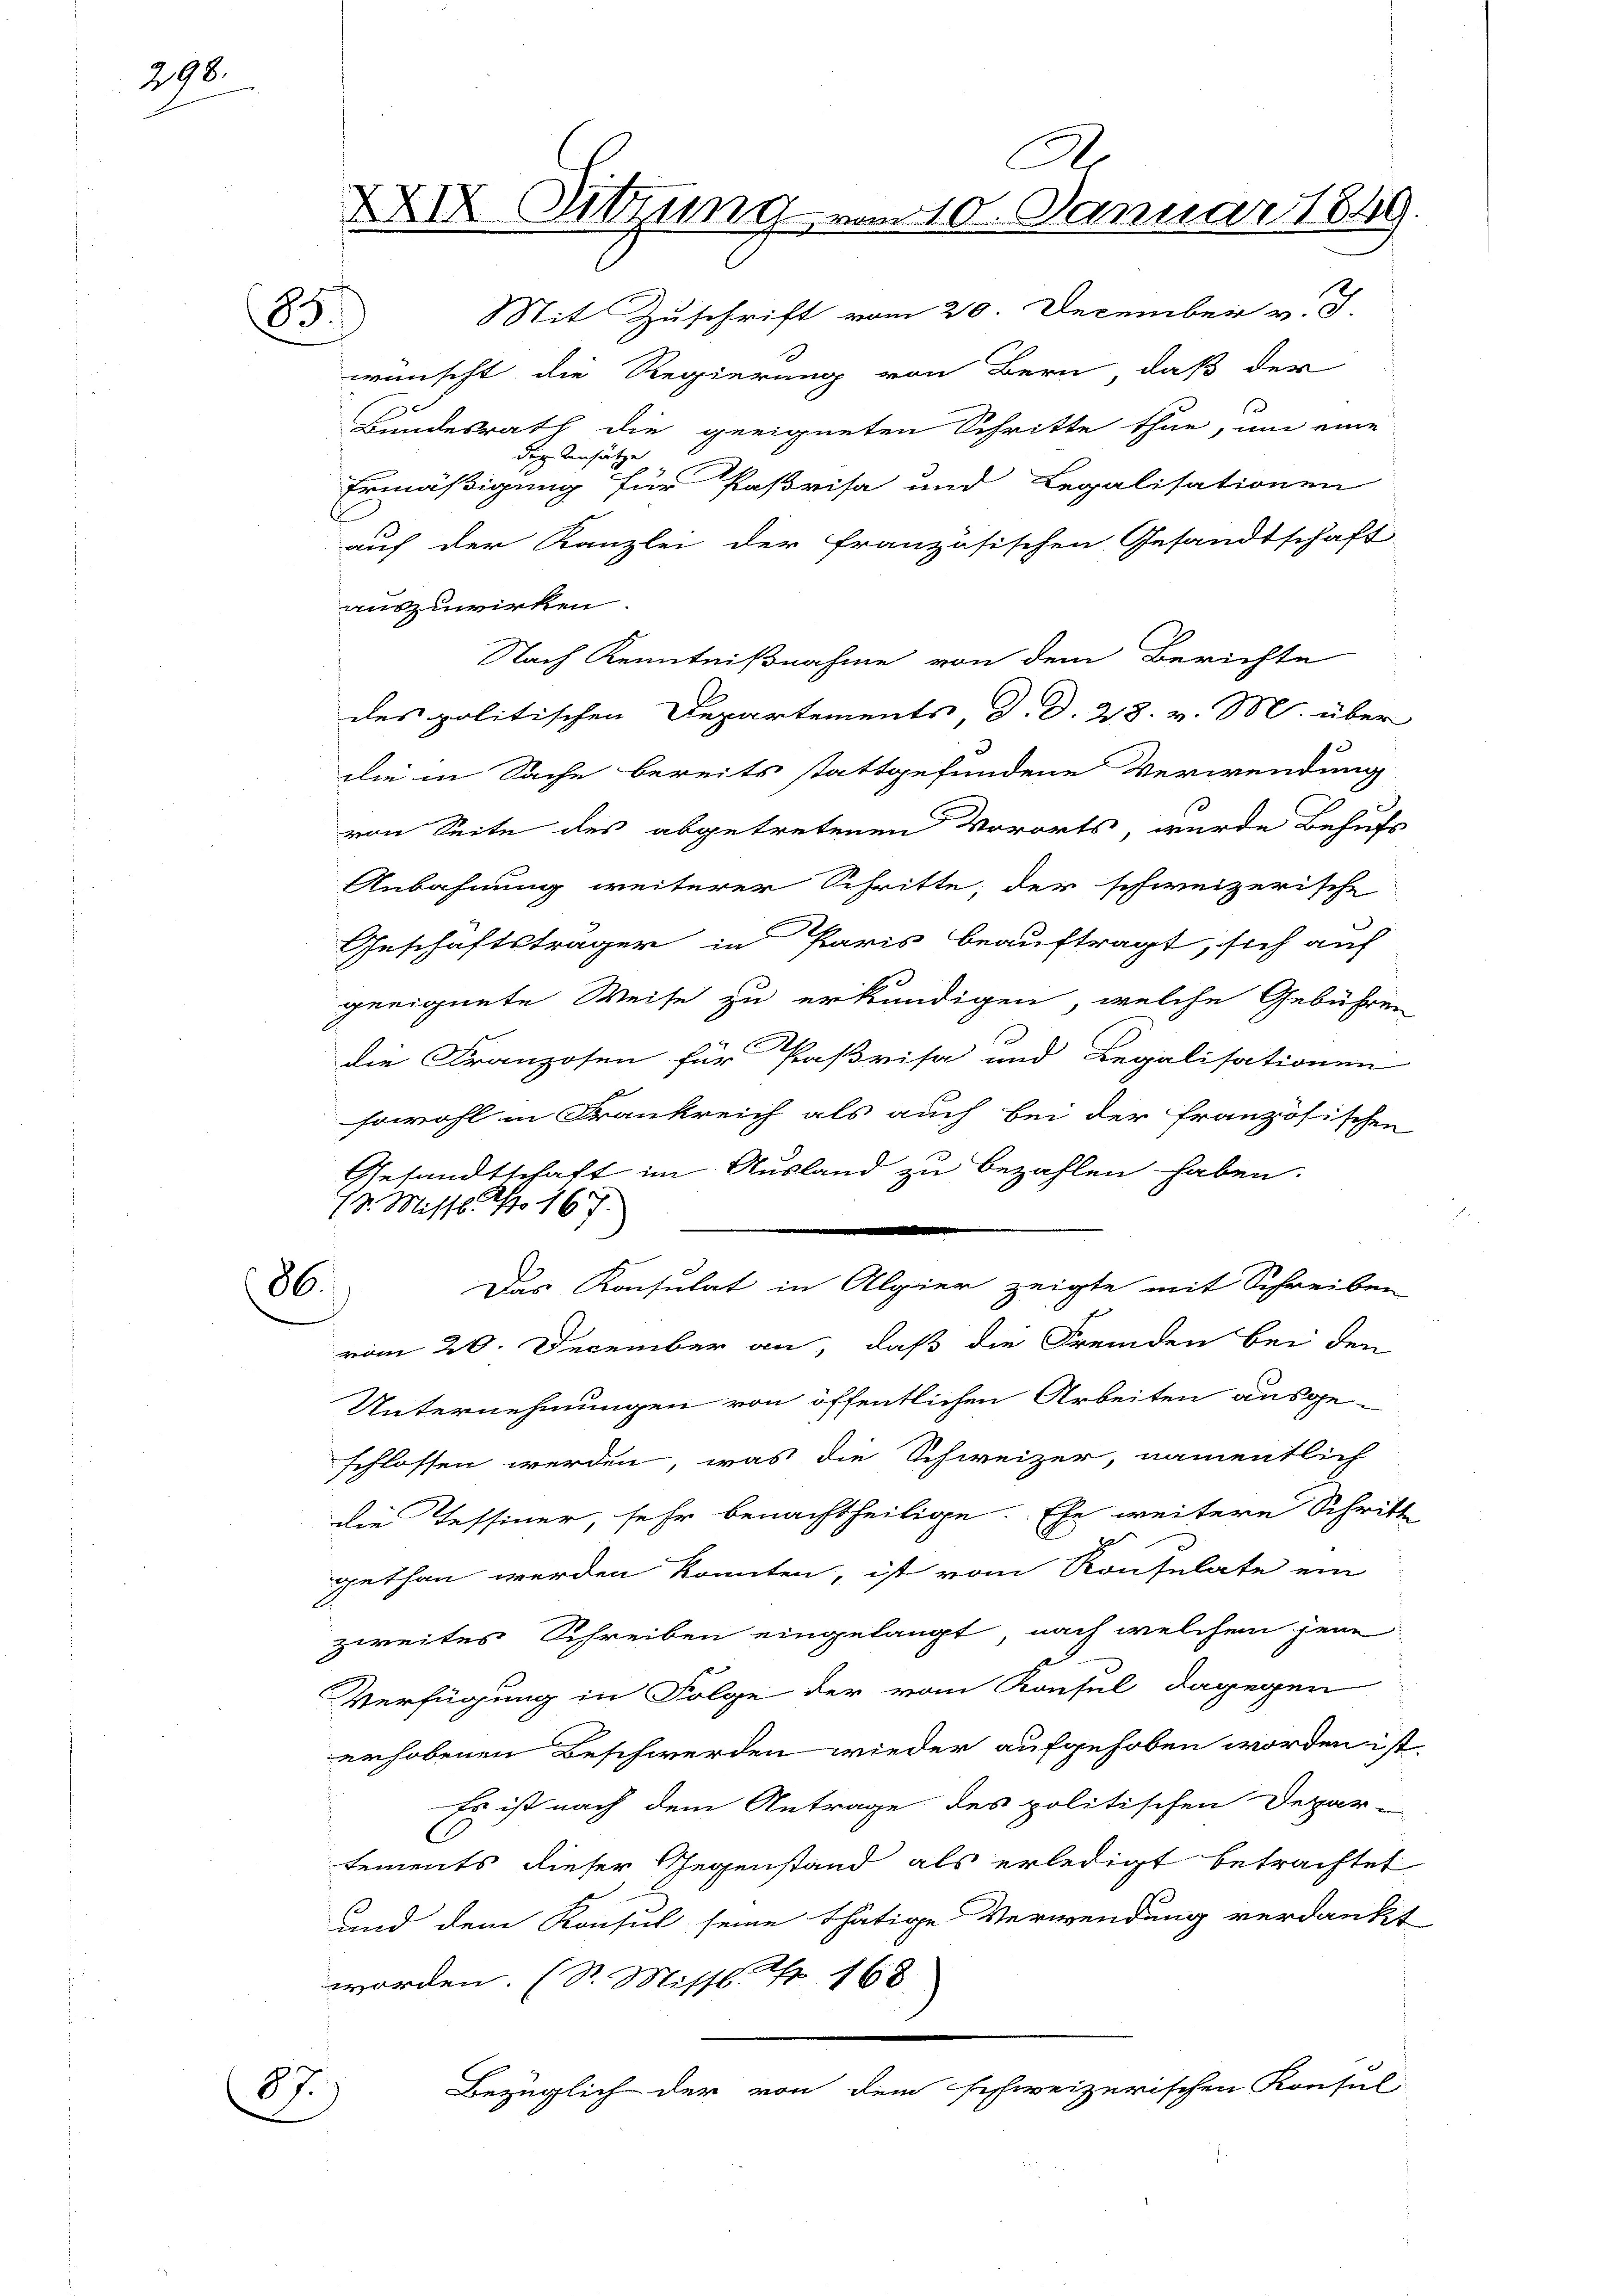
298.

85

A
XXIV. Sitzung vom 10. Januar 1849.

V. Mittl. No 167.
86.

Mit Zuschrift vom 20. December v. J.
wünscht die Regierung von Bern, daß der
Bundesrath die geeigneten Schritte thue, um eine
Dez. Kons.
te
Ermäßigung für Paßrisa und Legalisationen
auf der Kanzlei der französischen Gesandtschaft
auszuwirken.
Nach Kenntnißnahme von dem Berichte
des politischen Departements, d. d. 28. v. M. über
die in Sache bereits stattgefundene Verwendung
h
von Seite des abgetretenen Vororts, wurde Behufs
Anbahnung weiterer Schritte, der schweizerische
Geschäftsträger in Paris beauftragt, sich auf
geeignete Weise zu erkundigen, welche Gebühren
die Franzosen für Paßvisa und Legalisationen
s
sowohl in Frankreich als auch bei der französischen
Gesandtschaft im Ausland zu bezahlen haben.

Das Konsulat in Alpier zeigte mit Schreiben
vom 20. December an, daß die Fremden bei den
Unternehmungen von öffentlichen Arbeiten ausge-
schlossen werden, was die Schweizer, namentlich
die Tessiner, sehr benachtheilige. Ehe weitere Schritte
2
gethan werden könnten, ist vom Konsulate ein
zweites Schreiben eingelangt, nach welchem jene
Verfügung in Folge der vom Konsul dagegen
erhobenen Beschwerden wieder aufgehoben worden ist,
Es ist nach dem Antrage des politischen Depar-
tements dieser Gegenstand als erledigt betrachtet
und dem Konsul seine thätige Verwendung verdankt
worden. (S. Missl Nr 168
Bezüglich der von dem schweizerischen Konsul
87)